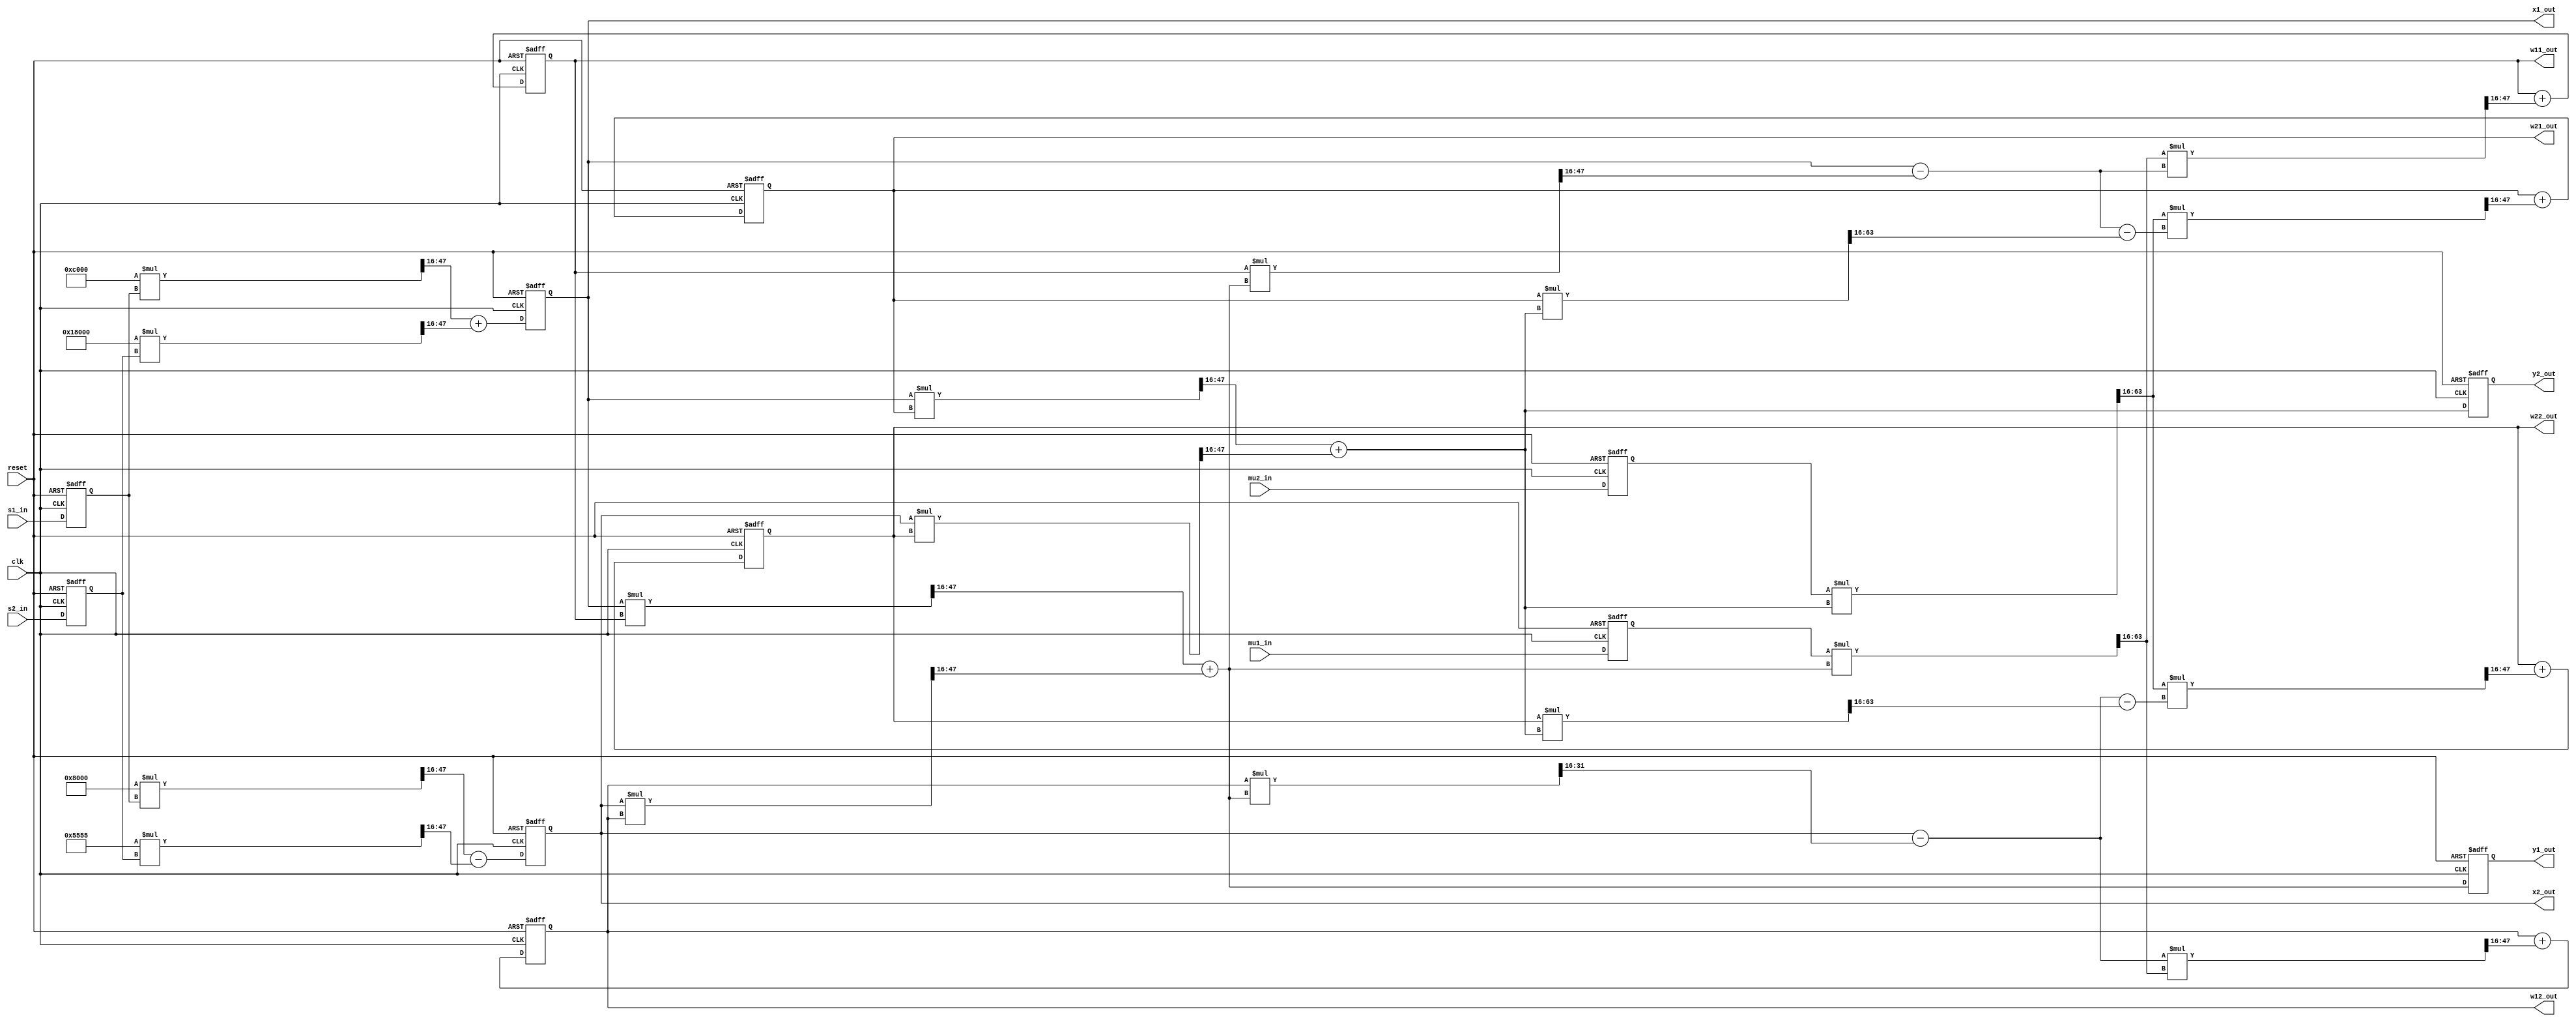
//*********************************************************
// IEEE STD 1364-2001 Verilog file: pca.v
// Author-EMAIL: Uwe.Meyer-Baese@ieee.org
//*********************************************************

module pca // ------> Interface
( input clk,  // System clock
  input reset,  // Asynchron reset
  input signed [31:0] s1_in,  // 1. signal input
  input signed [31:0] s2_in,  // 2. signal input
  input signed [31:0] mu1_in, // Learning rate 1. PC
  input signed [31:0] mu2_in, // Learning rate 2. PC
  output signed [31:0] x1_out, // Mixing 1. output
  output signed [31:0] x2_out, // Mixing 2. output
  output signed [31:0] w11_out, // Eigenvector [1,1]
  output signed [31:0] w12_out, // Eigenvector [1,2]
  output signed [31:0] w21_out, // Eigenvector [2,1]
  output signed [31:0] w22_out, // Eigenvector [2,2]
  output reg signed [31:0] y1_out, // 1. PC output
  output reg signed [31:0] y2_out); // 2. PC output

// --------------------------------------------------------
// All data and coefficients are in 16.16 format
reg signed [31:0] s, s1, s2, x1, x2, w11, w12, w21, w22;
reg signed [31:0] h11, h12, y1, y2, mu1, mu2;
// Product double bit width
reg signed [63:0] a11s1, a12s2, a21s1, a22s2;
reg signed [63:0] x1w11, x2w12, w11y1, mu1y1, p12;
reg signed [63:0] x1w21, x2w22, w21y2, p21, w22y2;
reg signed [63:0] mu2y2, p22, p11;
wire signed [31:0] a11, a12, a21, a22, ini;

assign a11 = 32'h0000C000; // 0.75
assign a12 = 32'h00018000; // 1.5
assign a21 = 32'h00008000; // 0.5
assign a22 = 32'h00005555; // 0.333333
assign ini = 32'h00008000; // 0.5

always @(posedge clk or posedge reset) begin : P1  // PCA using Sanger GHA
    if (reset) begin // reset/initialize all registers
        x1 <= 0; 
        x2 <= 0; 
        y1_out <= 0; 
        y2_out <= 0;
        w11 <= ini; 
        w12 <= ini; 
        s1 <= 0; 
        mu1 <= 0;
        w21 <= ini; 
        w22 <= ini; 
        s2 <= 0;
        mu2 <= 0;
    end else begin
        s1 <= s1_in; // place inputs in registers
        s2 <= s2_in;
        mu1 <= mu1_in;
        mu2 <= mu2_in;
        // Mixing matrix
        a11s1 = a11 * s1; a12s2 = a12 * s2;
        x1 <= (a11s1 >>> 16) + (a12s2 >>> 16);
        a21s1 = a21 * s1; a22s2 = a22 * s2;
        x2 <= (a21s1 >>> 16) - (a22s2 >>> 16);
        // first PC and eigenvector
        x1w11 = x1 * w11;
        x2w12 = x2 * w12;
        y1 = (x1w11 >>> 16) + (x2w12 >>> 16);
        w11y1 = w11 * y1;
        mu1y1 = mu1 * y1;
        h11 = w11y1 >>> 16;
        p11 = (mu1y1 >>> 16) * (x1 - h11);
        w11 <= w11 + (p11 >>> 16);
        h12 = (w12 * y1) >>> 16;
        p12 = (x2 - h12) * (mu1y1 >>> 16);
        w12 <= w12 + (p12 >>> 16);
        // second PC and eigenvector
        x1w21 = x1 * w21; x2w22 = x2 * w22;
        y2 = (x1w21 >>> 16) + (x2w22 >>> 16);
        w21y2 = w21 * y2;
        mu2y2 = mu2 * y2;
        p21 = (mu2y2 >>> 16) * (x1 - h11 - (w21y2 >>> 16));
        w21 <= w21 + (p21 >>> 16);
        w22y2 = w22 * y2;
        p22 = (mu2y2 >>> 16) * (x2 - h12 - (w22y2 >>> 16));
        w22 <= w22 + (p22 >>> 16);
        // registers y output
        y1_out <= y1;
        y2_out <= y2;
    end
end

// Redefine bits as 32 bit SLV
assign x1_out = x1;
assign x2_out = x2;
assign w11_out = w11;
assign w12_out = w12;
assign w21_out = w21;
assign w22_out = w22;

endmodule